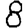
Digit: 8